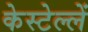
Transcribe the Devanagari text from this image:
केस्टेल्लें